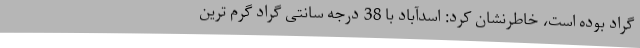
گراد بوده است، خاطرنشان کرد: اسدآباد با 38 درجه سانتی گراد گرم ترین